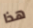
هذا